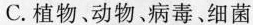
C.植物、动物、病毒、细菌